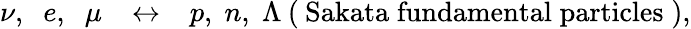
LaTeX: \nu,\; \; e,\; \; \mu\; \; \: \leftrightarrow\; \; \: p,\; n,\; \Lambda\: (\: \mathrm{Sakata\; fundamental\; particles}\; ),